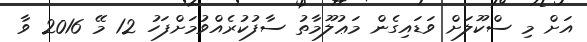
އަށް މި ސްކޫލަށް ވަޑައިގެން މަޢުލޫމާތު ސާފުކުރެއްވުމަށްފަހު 12 މޭ 2016 ވާ